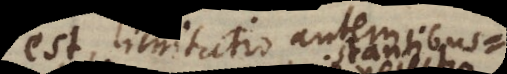
est, limitatio autem